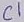
Text: C1